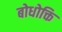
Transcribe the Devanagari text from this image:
बोधोक्ति